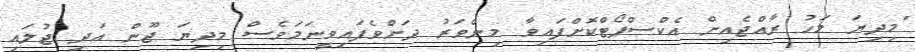
"މިދިޔަ މަހު ރާއްޖެއިން އެކްސްޕޯޓްކޮށްފައިވާ މިންވަރު ދަށްވެފައިވީނަމަވެސް މިދިޔަ ޖޫން އަދި ޖުލައި